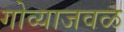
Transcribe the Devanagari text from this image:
गोव्याजवळ